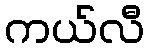
ကယ်လီ